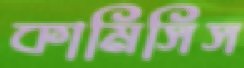
কামিসিস